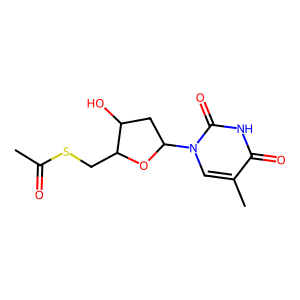
SMILES: CC(=O)SCC1OC(n2cc(C)c(=O)[nH]c2=O)CC1O
Inhibits HIV replication: No